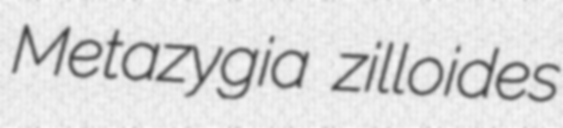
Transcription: Metazygia zilloides